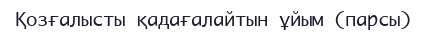
Қозғалысты қадағалайтын ұйым (парсы)